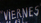
VIERNES